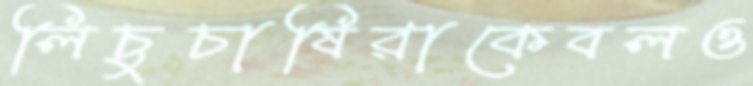
লিচুচাষিরাকেবলও